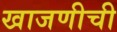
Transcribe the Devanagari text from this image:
खाजणीची